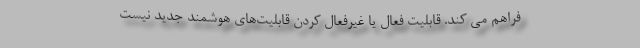
فراهم می کند. قابلیت فعال یا غیرفعال کردن قابلیت‌های هوشمند جدید نیست